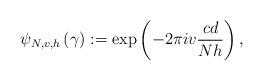
LaTeX: \begin{align*}\psi_{N,v,h}\left(\gamma\right):=\exp\left(-2\pi iv\frac{cd}{Nh}\right),\end{align*}